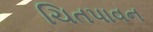
ચિતપાવન